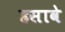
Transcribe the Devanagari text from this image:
हसावे